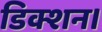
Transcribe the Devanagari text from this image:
डिक्शन।